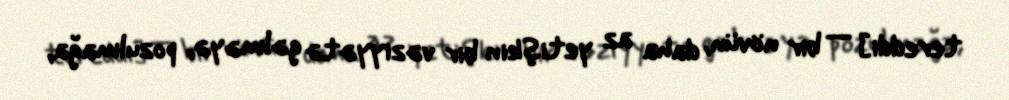
tereddi] — bir növün, daha az yetişkin bir vəziyyətə gəlməyə, pozulmağa,